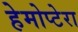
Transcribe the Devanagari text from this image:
हेमोप्टेरा